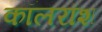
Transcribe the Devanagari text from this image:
कॉलरॉश